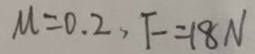
M = 0 . 2 , F = 1 8 N